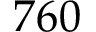
7 6 0